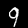
Label: 9